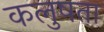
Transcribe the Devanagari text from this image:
कलुषता